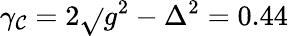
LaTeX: \gamma_{\mathcal{C}}=2\sqrt{}{{g^{2}-\Delta^{2}}}=0.44